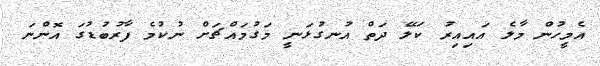
އެމީހުން މާލެ އައިއިރު ކަލޭ ދަތް އުނގުޅަނީ މަގުމައްޗަށް ނުކުމެ ފާރުބުޑުގަ އޮންނަ